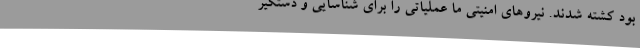
بود کشته شدند. نیروهای امنیتی ما عملیاتی را برای شناسایی و دستگیر